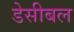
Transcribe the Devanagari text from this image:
डेसीबल